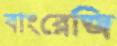
বাংরেজি